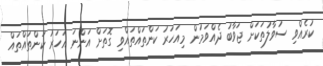
ކުރެއްވި ސުވާލުތަކަށް ޖަވާބު ދެއްވަމުން މިއަހަރު ކަންތައްތައްވި ގޮތަށް އަންނަ އަހަރު ކަންތައްތައް